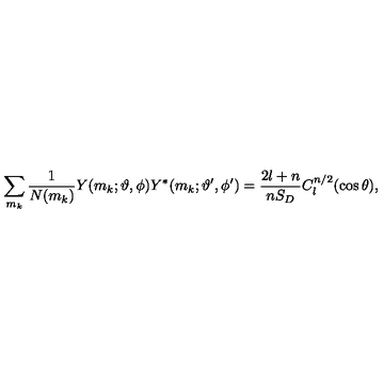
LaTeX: \sum _ { m _ { k } } \frac { 1 } { N ( m _ { k } ) } Y ( m _ { k } ; \vartheta , \phi ) Y ^ { * } ( m _ { k } ; \vartheta ^ { \prime } , \phi ^ { \prime } ) = \frac { 2 l + n } { n S _ { D } } C _ { l } ^ { n / 2 } ( \cos \theta ) ,